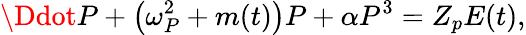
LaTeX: \Ddot{P}+\left(\omega_{P}^{2}+m(t)\right)P+\alpha P^{3}=Z_{p}E(t),